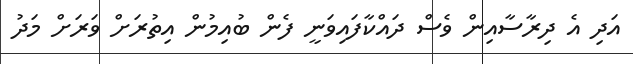
އަދި އެ ދިރާސާއިން ވެސް ދައްކާފައިވަނީ ފެން ބުއިމުން އިތުރަށް ވަރަށް މަދު